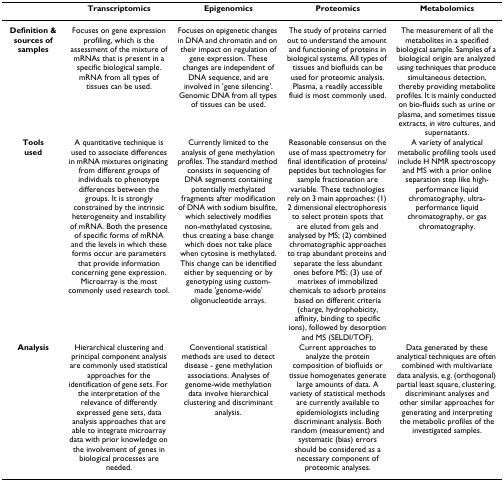
|  | Transcriptomics | Epigenomics | Proteomics | Metabolomics |
 | --- | --- | --- | --- | --- |
 | Definition & sources of samples | Focuses on gene expression profiling, which is the assessment of the mixture of mRNAs that is present in a specific biological sample. mRNA from all types of tissues can be used. | Focuses on epigenetic changes in DNA and chromatin and on their impact on regulation of gene expression. These changes are independent of DNA sequence, and are involved in 'gene silencing'. Genomic DNA from all types of tissues can be used. | The study of proteins carried out to understand the amount and functioning of proteins in biological systems. All types of tissues and biofluids can be used for proteomic analysis. Plasma, a readily accessible fluid is most commonly used. | The measurement of all the metabolites in a specified biological sample. Samples of a biological origin are analyzed using techniques that produce simultaneous detection, thereby providing metabolite profiles. It is mainly conducted on bio-fluids such as urine or plasma, and sometimes tissue extracts, in vitro cultures, and supernatants. |
 | Toolsused | A quantitative technique is used to associate differences in mRNA mixtures originating from different groups of individuals to phenotype differences between the groups. It is strongly constrained by the intrinsic heterogeneity and instability of mRNA. Both the presence of specific forms of mRNA and the levels in which these forms occur are parameters that provide information concerning gene expression. Microarray is the most commonly used research tool. | Currently limited to the analysis of gene methylation profiles. The standard method consists in sequencing of DNA segments containing potentially methylated fragments after modification of DNA with sodium bisulfite, which selectively modifies non-methylated cystosine, thus creating a base change which does not take place when cytosine is methylated. This change can be identified either by sequencing or by genotyping using custom-made 'genome-wide' oligonucleotide arrays. | Reasonable consensus on the use of mass spectrometry for final identification of proteins/peptides but technologies for sample fractionation are variable. These technologies rely on 3 main approaches: (1) 2 dimensional electrophoresis to select protein spots that are eluted from gels and analysed by MS; (2) combined chromatographic approaches to trap abundant proteins and separate the less abundant ones before MS; (3) use of matrixes of immobilized chemicals to adsorb proteins based on different criteria (charge, hydrophobicity, affinity, binding to specific ions), followed by desorption and MS (SELDI/TOF). | A variety of analytical metabolic profiling tools used include H NMR spectroscopy and MS with a prior online separation step like high-performance liquid chromatography, ultra-performance liquid chromatography, or gas chromatography. |
 | Analysis | Hierarchical clustering and principal component analysis are commonly used statistical approaches for the identification of gene sets. For the interpretation of the relevance of differently expressed gene sets, data analysis approaches that are able to integrate microarray data with prior knowledge on the involvement of genes in biological processes are needed. | Conventional statistical methods are used to detect disease - gene methylation associations. Analyses of genome-wide methylation data involve hierarchical clustering and discriminant analysis. | Current approaches to analyze the protein composition of biofluids or tissue homogenates generate large amounts of data. A variety of statistical methods are currently available to epidemiologists including discriminant analysis. Both random (measurement) and systematic (bias) errors should be considered as a necessary component of proteomic analyses. | Data generated by these analytical techniques are often combined with multivariate data analysis, e.g. (orthogonal) partial least square, clustering, discriminant analyses and other similar approaches for generating and interpreting the metabolic profiles of the investigated samples. |